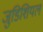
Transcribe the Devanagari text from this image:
जुडिशियल